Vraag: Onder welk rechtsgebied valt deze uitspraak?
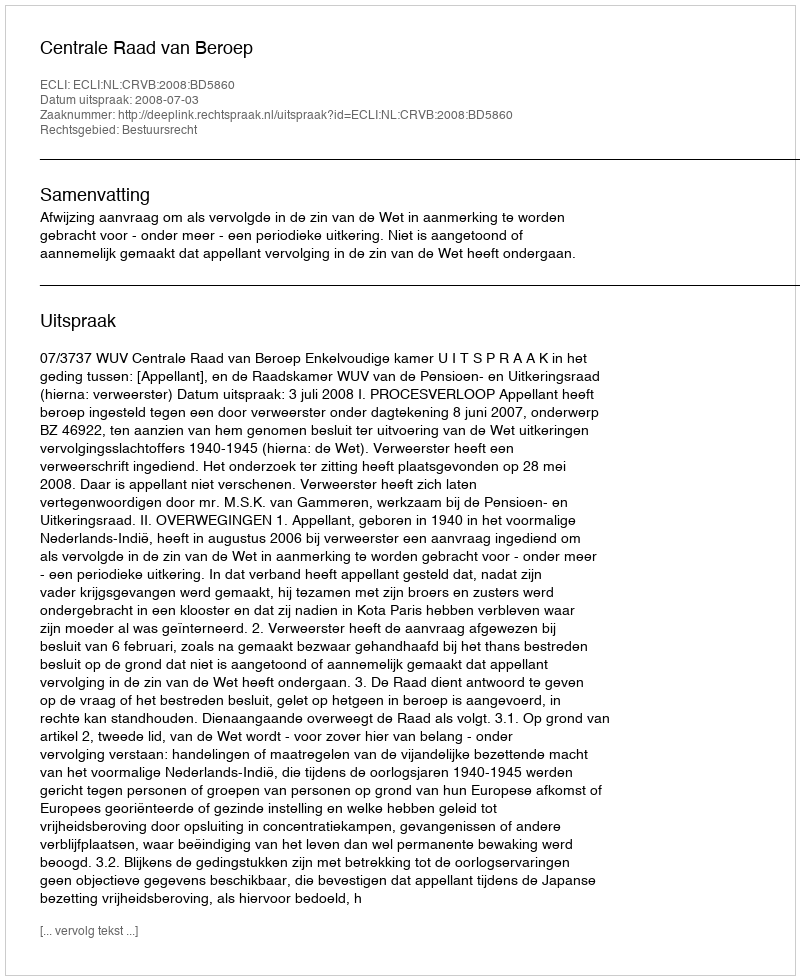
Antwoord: Bestuursrecht